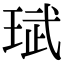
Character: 珷